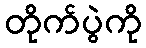
တိုက်ပွဲကို